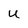
Character: U